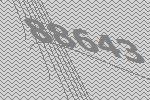
88643